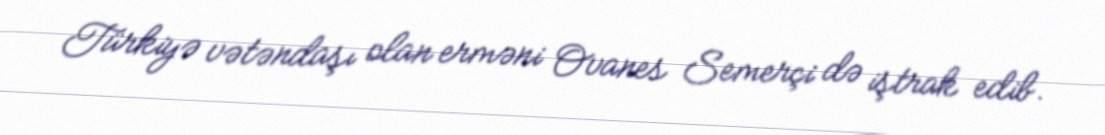
Türkiyə vətəndaşı olan erməni Ovanes Semerçi də iştrak edib.